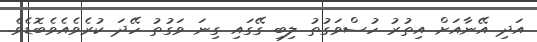
އަދި އޭނާއަށް އިތުރު ހުސްވަގުތު ލިބި ގޭގައި ގިނަ ވަގުތު ހޭދަ ކުރެވެއެވެބޮޑެވެ.